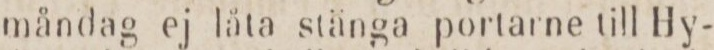
måndag ej låta stänga portarne till Hy-